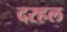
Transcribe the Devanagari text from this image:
दरहल